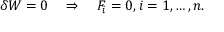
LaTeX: \delta W = 0 \quad \Rightarrow \quad F _ { i } = 0 , i = 1 , \ldots , n .